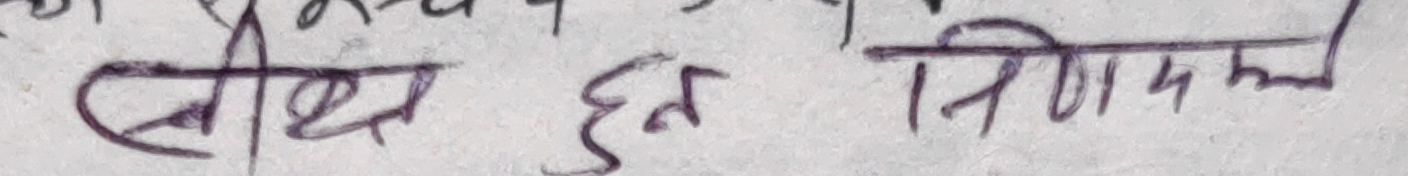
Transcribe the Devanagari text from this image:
सीध हुन निर्णयमा